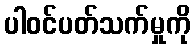
ပါဝင်ပတ်သက်မှုကို